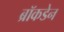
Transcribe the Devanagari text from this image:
ब्रॉकडेन